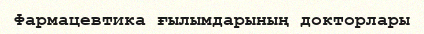
Фармацевтика ғылымдарының докторлары